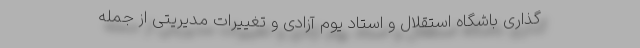
گذاری باشگاه استقلال و استاد یوم آزادی و تغییرات مدیریتی از جمله